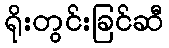
ရိုးတွင်းခြင်ဆီ